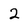
Character: 2